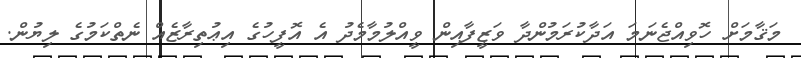
މަޤާމަށް ހޮވިއްޖެނަމަ އަދާކުރަމުންދާ ވަޒީފާއިން ވީއްލުމާމެދު އެ އޮފީހުގެ އިޢުތިރާޒެއް ނެތްކަމުގެ ލިޔުން.